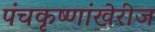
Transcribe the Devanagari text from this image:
पंचकृष्णांखेरीज